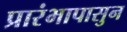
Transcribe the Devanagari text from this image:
प्रारंभापासुन